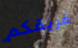
فريقكم